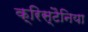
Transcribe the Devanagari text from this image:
क्रिस्टैनिया